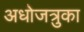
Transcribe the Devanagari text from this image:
अधोजत्रुका